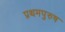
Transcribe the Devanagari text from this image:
प्रथमपुरुष